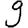
Digit: 9